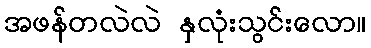
အဖန်တလဲလဲ နှလုံးသွင်းလော။